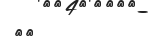
٤١